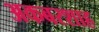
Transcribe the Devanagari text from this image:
अकबरशाह